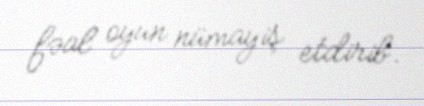
fəal oyun nümayiş etdirib.